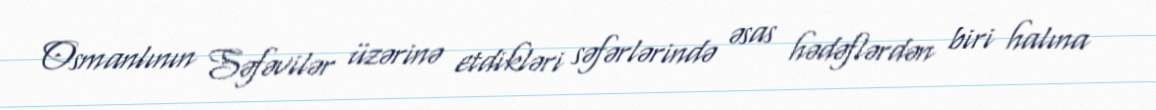
Osmanlının Səfəvilər üzərinə etdikləri səfərlərində əsas hədəflərdən biri halına